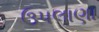
ઉપલાણા